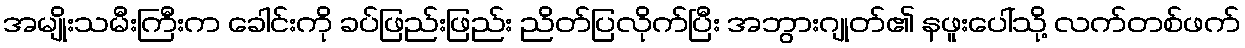
အမျိုးသမီးကြီးက ခေါင်းကို ခပ်ဖြည်းဖြည်း ညိတ်ပြလိုက်ပြီး အဘွားဂျုတ်၏ နဖူးပေါ်သို့ လက်တစ်ဖက်